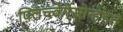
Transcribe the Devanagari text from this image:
फ़्लिच्त्वेर्गेस्सेन्हेइत